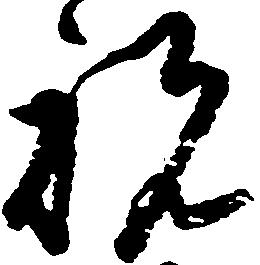
祝